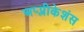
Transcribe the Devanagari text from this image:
अप्प्लीकेशंस